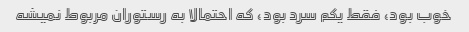
خوب بود، فقط یکم سرد بود، که احتمالا به رستوران مربوط نمیشه